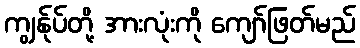
ကျွန်ုပ်တို့ အားလုံးကို ကျော်ဖြတ်မည်